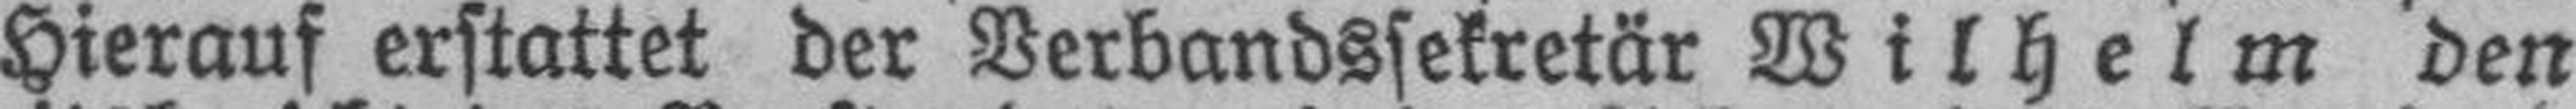
Hierauf erstattet der Verbandssekretär Wilhelm den